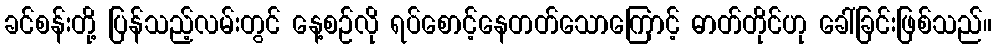
ခင်စန်းတို့ ပြန်သည့်လမ်းတွင် နေ့စဉ်လို ရပ်စောင့်နေတတ်သောကြောင့် ဓာတ်တိုင်ဟု ခေါ်ခြင်းဖြစ်သည်။